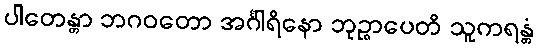
ပါတေန္တာ ဘဂဝတော အင်္ဂါရိနော ဘုဉ္ဇာပေတိ သူကရန္တံ